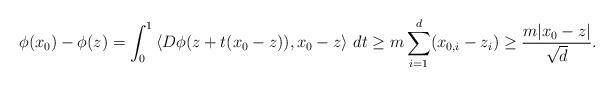
LaTeX: \begin{align*}\phi(x_0) - \phi(z) = \int_0^1 \left\langle D\phi(z + t(x_0-z)),x_0-z\right\rangle\, dt \geq m\sum_{i=1}^d (x_{0,i} - z_i) \geq \frac{m|x_0-z|}{\sqrt{d}}.\end{align*}